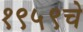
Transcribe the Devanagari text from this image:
१९५९चे